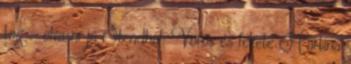
tag - olvasni jó Stendhal: Vörös és fekete Martina